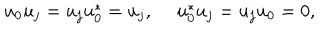
LaTeX: u _ { 0 } u _ { j } = u _ { j } u _ { 0 } ^ { * } = u _ { j } , ~ ~ u _ { 0 } ^ { * } u _ { j } = u _ { j } u _ { 0 } = 0 ,